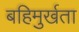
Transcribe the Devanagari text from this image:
बहिमुर्खता